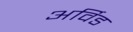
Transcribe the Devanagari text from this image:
अर्विड